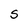
Character: s